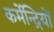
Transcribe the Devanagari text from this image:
कर्मेन्द्रियों